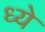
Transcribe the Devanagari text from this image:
ध्ये